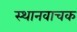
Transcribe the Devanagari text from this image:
स्थानवाचक